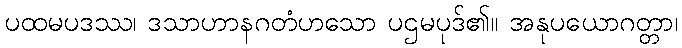
ပထမပဒဿ၊ ဒသာဟာနဂတံဟသော ပဌမပုဒ်၏။ အနုပယောဂတ္တာ၊